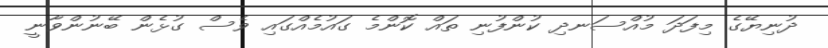
ދުނިޔޭގެ މިފަދަ މުއްސަނދި ކުންފުނި ތައް ކޮންމެ ގައުމެއްގައި ވެސް ގުޅެން ބޭނުންވާނީ